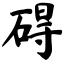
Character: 碍